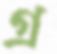
গ্র